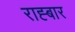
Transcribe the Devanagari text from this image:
राह्बार